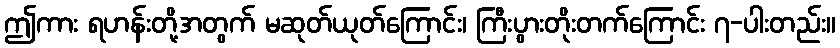
ဤကား ရဟန်းတို့အတွက် မဆုတ်ယုတ်ကြောင်း၊ ကြီးပွားတိုးတက်ကြောင်း ၇-ပါးတည်း။